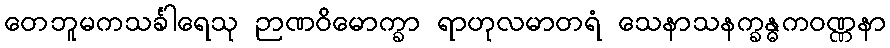
တေဘူမကသင်္ခါရေသု ဉာဏဝိမောက္ခာ ရာဟုလမာတရံ သေနာသနက္ခန္ဓကဝဏ္ဏနာ